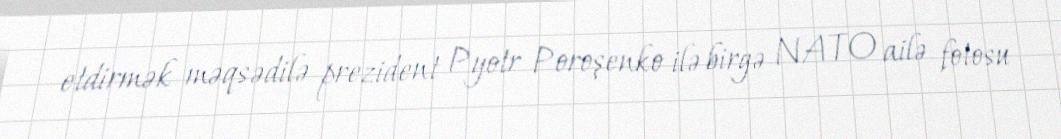
etdirmək məqsədilə prezident Pyotr Poroşenko ilə birgə NATO ailə fotosu